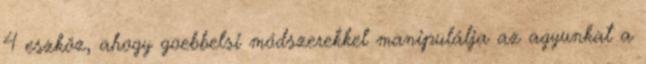
4 eszköz, ahogy goebbelsi módszerekkel manipulálja az agyunkat a